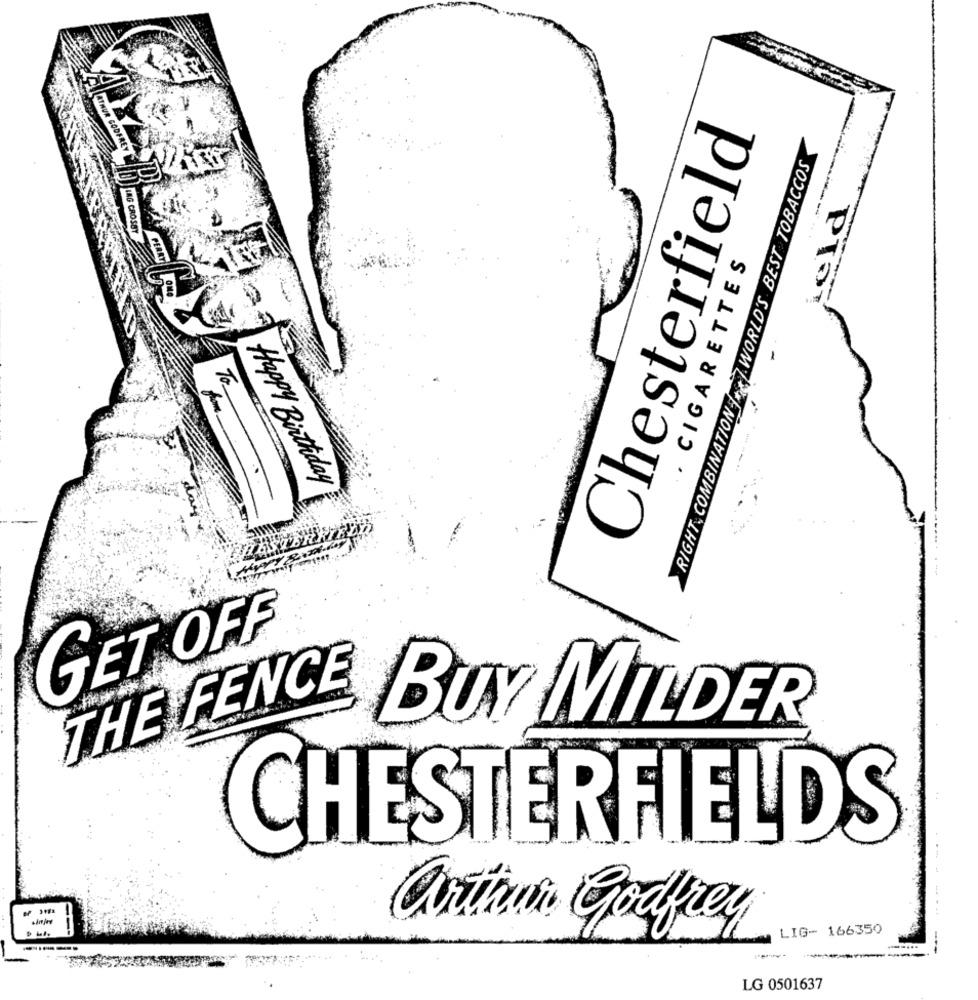
Chesterfield
RIGHT, COMBINATION LET.WORLD'S BEST TOBACCOS
· CIGARETTES
Happy Birthday
GET OFF
THE FENCE
BUY MILDER
CHESTERFIELDS
LIG- 166350
---
LG 0501637